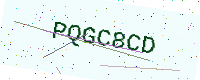
Text: PQGC8CD